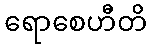
ရောစေဟီတိ